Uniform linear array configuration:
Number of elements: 4
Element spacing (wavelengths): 0.75
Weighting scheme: binomial
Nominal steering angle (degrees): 60
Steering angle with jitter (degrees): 59.53
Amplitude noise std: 0.05
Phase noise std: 0.05

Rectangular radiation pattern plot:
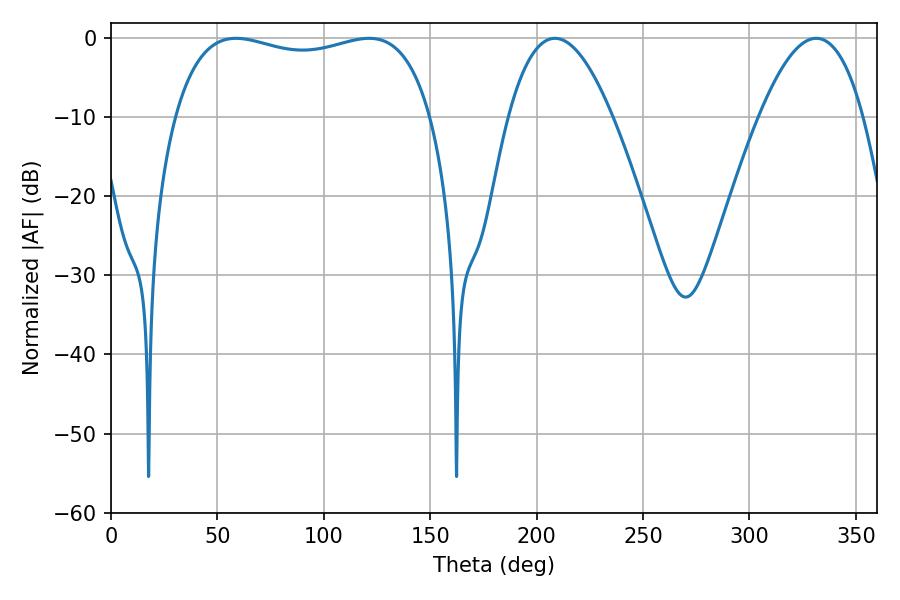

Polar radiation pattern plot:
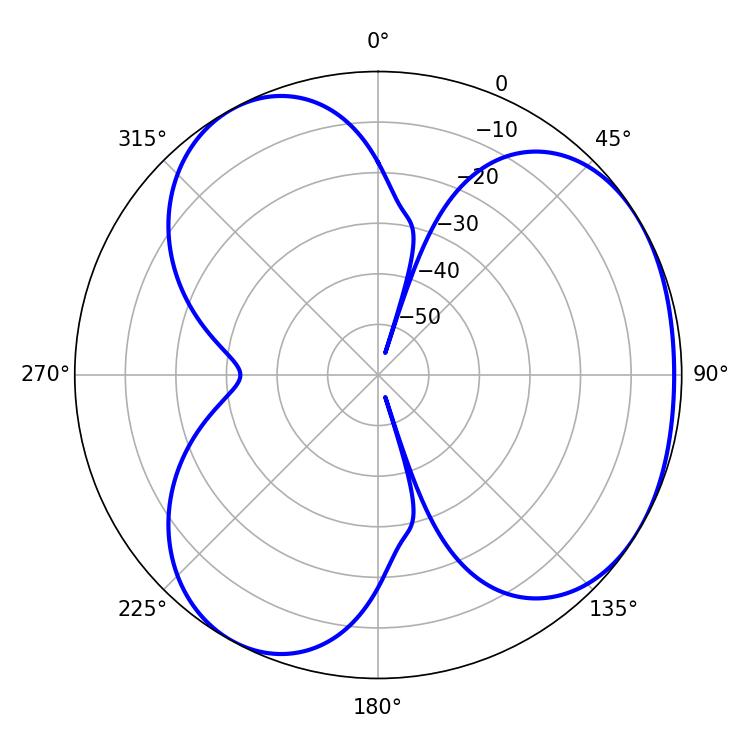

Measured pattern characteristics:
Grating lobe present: TRUE
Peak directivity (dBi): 3.784
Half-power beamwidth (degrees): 26.82
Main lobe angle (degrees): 208.62